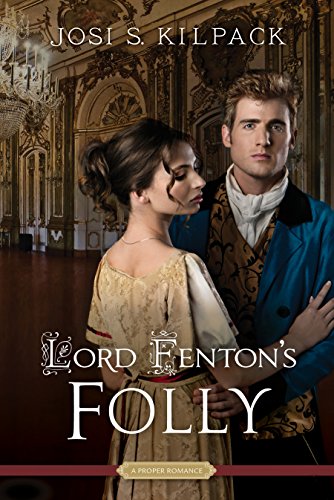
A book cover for Lord Fenton's Folly (Proper Romance); Josi S. Kilpack; Romance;